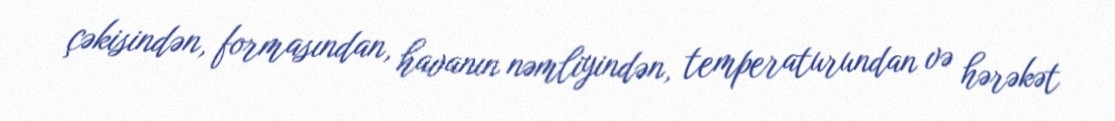
çəkisindən, formasından, havanın nəmliyindən, temperaturundan və hərəkət